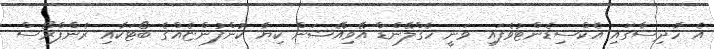
އެ ހާދިސާގައި އެކްސިޑެންޓުވެފައި ވަނީ ހެގްލޭންޑް އޭވިއޭޝަން ކިޔާ ކުންފުންޏެއްގެ ބޯޓަކާއި ރެންފްރޯސް